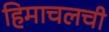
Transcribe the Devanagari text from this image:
हिमाचलची